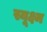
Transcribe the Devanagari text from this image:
स्यूक्ष्म